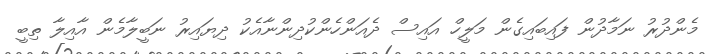
މެންދުރު ނަމާދުން ފައިބައިގެން މަލީހް އައިސް ދެއަންހެންކުދިންނާއެކު ދިޔައިރު ނަބީލާމެން އާއިލާ ތިބީ